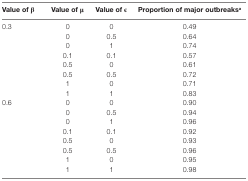
| Value of β | Value of μ | Value of ε | Proportion of major outbreaksa |
 | --- | --- | --- | --- |
 | <ROWSPAN=8> 0.3 | 0 | 0 | 0.49 |
 | 0 | 0.5 | 0.64 |
 | 0 | 1 | 0.74 |
 | 0.1 | 0.1 | 0.57 |
 | 0.5 | 0 | 0.61 |
 | 0.5 | 0.5 | 0.72 |
 | 1 | 0 | 0.71 |
 | 1 | 1 | 0.83 |
 | <ROWSPAN=8> 0.6 | 0 | 0 | 0.90 |
 | 0 | 0.5 | 0.94 |
 | 0 | 1 | 0.96 |
 | 0.1 | 0.1 | 0.92 |
 | 0.5 | 0 | 0.93 |
 | 0.5 | 0.5 | 0.96 |
 | 1 | 0 | 0.95 |
 | 1 | 1 | 0.98 |